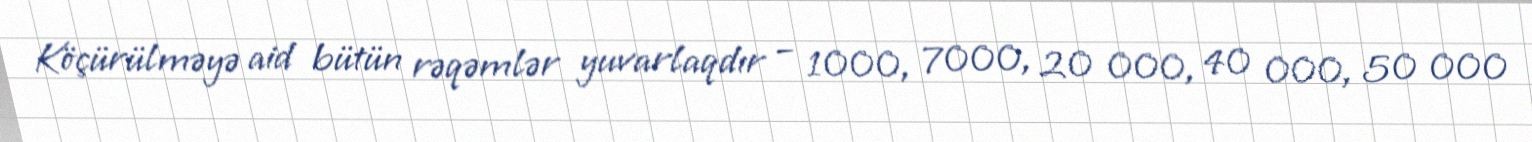
Köçürülməyə aid bütün rəqəmlər yuvarlaqdır – 1000, 7000, 20 000, 40 000, 50 000